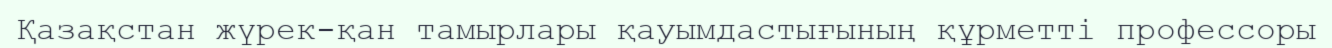
Қазақстан жүрек-қан тамырлары қауымдастығының құрметті профессоры